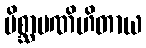
မိစ္ဆာပဏိဟိတာယ